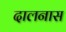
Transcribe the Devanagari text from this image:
दालनास